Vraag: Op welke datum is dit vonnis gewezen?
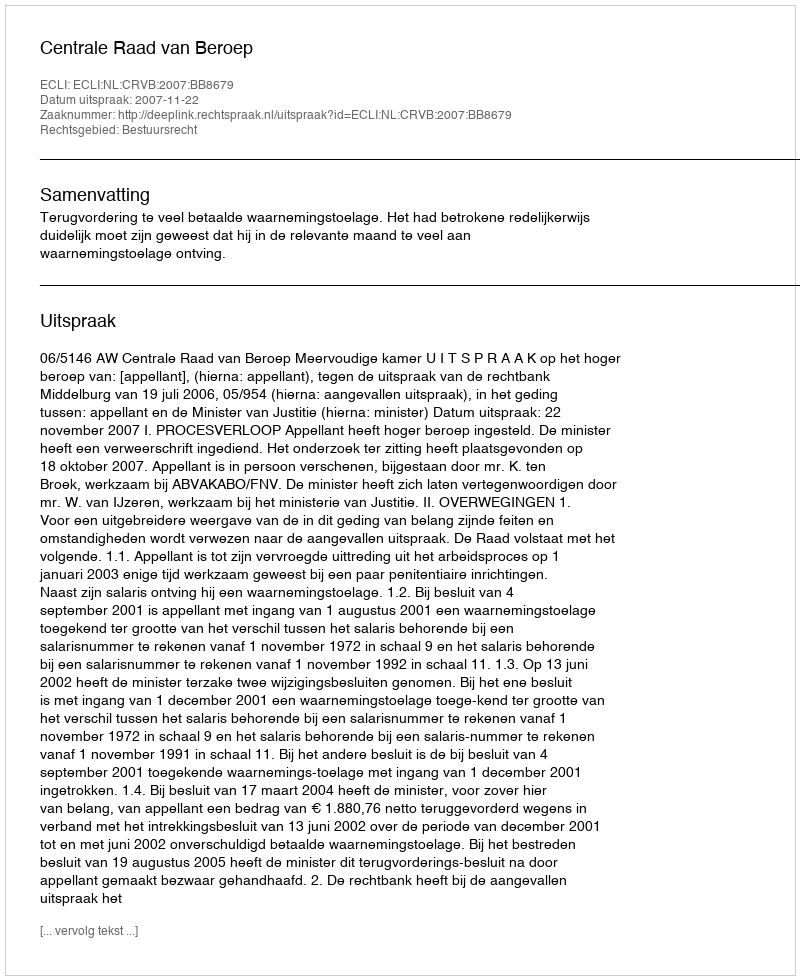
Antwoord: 2007-11-22